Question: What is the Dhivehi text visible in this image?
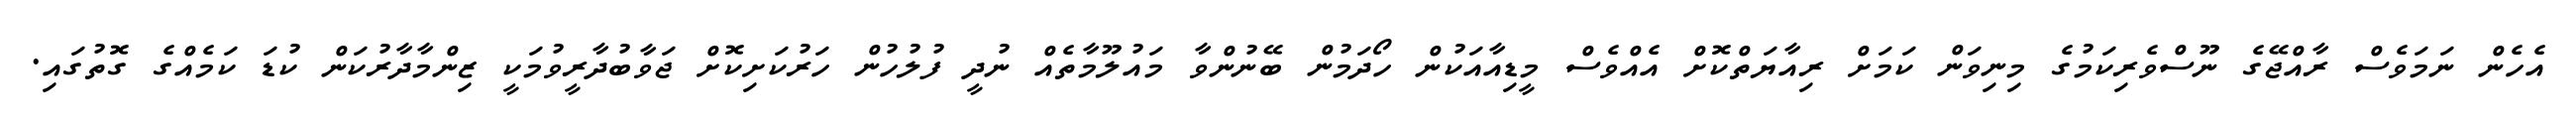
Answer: އެހެން ނަމަވެސް ރާއްޖޭގެ ނޫސްވެރިކަމުގެ މިނިވަން ކަމަށް ރިއާޔަތްކޮށް އެއްވެސް މީޑިއާއަކުން ހޯދަމުން ބޭނުންވާ މައުލޫމާތެއް ނުދީ ފުލުހުން ހަރުކަށިކޮށް ޖަވާބުދާރީވުމަކީ ޒިންމާދާރުކަން ކުޑަ ކަމެއްގެ ގޮތުގައި.